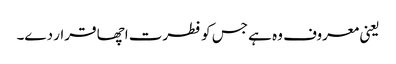
یعنی معروف وہ ہے جس کو فطرت اچھا قرار دے۔